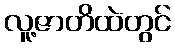
လူ့ဇာတိထဲတွင်